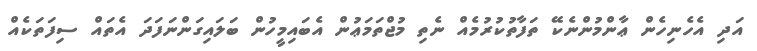
އަދި އެހެނިހެން ޢާންމުންނެކޭ ތަފާތުކުރުމެއް ނެތި މުޖްތަމަޢުން އެބައިމީހުން ބަލައިގަންނަފަދަ އެތައް ސިފަތަކެއް